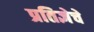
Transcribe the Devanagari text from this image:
प्रतिज्ञेचे